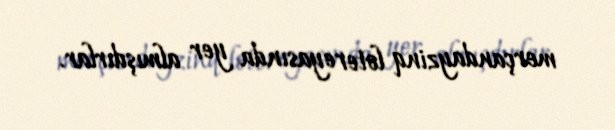
merçandayzinq lotereyasında yer almışdırlar.